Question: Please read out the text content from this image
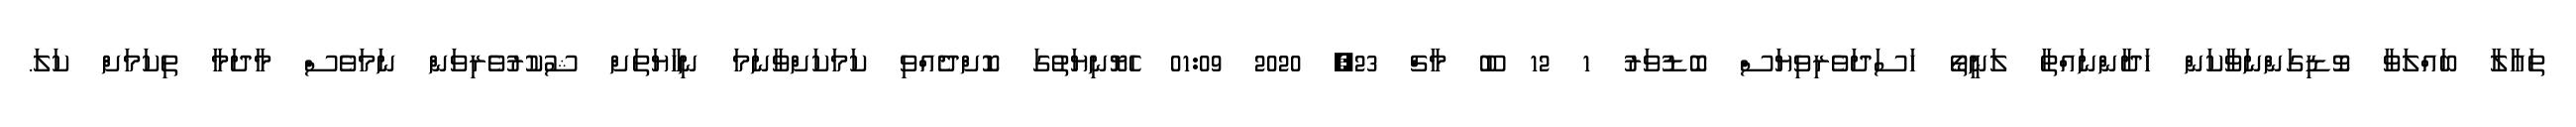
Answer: ތައާލާ ބައްލަވާ ވޮޑިގަންނަވާކަން ހަދާންނައްތާ ލަނީތޯ ހަސަދަވެރިވިޔަސް ބޮޑުވަރު 1 12 ބޫ މާޗް 23, 2020 01:09 ހެޔޮނިޔަތުގަ ކޮށްދެއްވި ކަމަކަށްވާނަމަ ނިހާޔަތަށް ޝުކުރުވެރިވަން ނަމަވެސް މާދަމާ ތިކަމަށް ކަލަ.